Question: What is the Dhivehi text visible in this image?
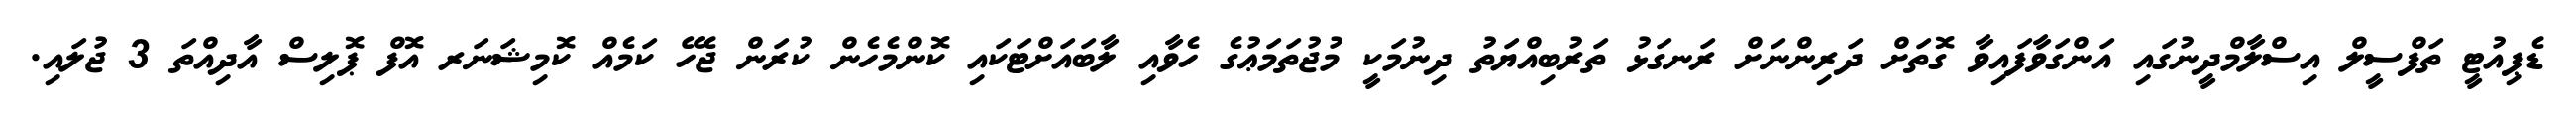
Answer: ޑެޕިއުޓީ ތަފްސީލް އިސްލާމްދީނުގައި އަންގަވާފައިވާ ގޮތަށް ދަރިންނަށް ރަނގަޅު ތަރުބިއްޔަތު ދިނުމަކީ މުޖުތަމަޢުގެ ހެވާއި ލާބައަށްޓަކައި ކޮންމެހެން ކުރަން ޖެހޭ ކަމެއް ކޮމިޝަނަރ އޮފް ޕޮލިސް އާދިއްތަ 3 ޖުލައި.